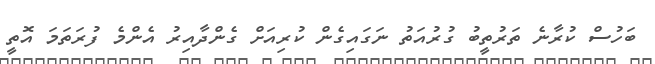
ބަހުސް ކުރާނެ ތަރުތީބު ގުރުއަތު ނަގައިގެން ކުރިއަށް ގެންދާއިރު އެންމެ ފުރަތަމަ އޮތީ